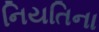
નિયતિના